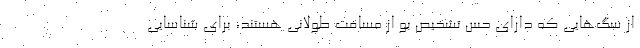
از سگ‌هایی که دارای حس تشخیص بو از مسافت طولانی هستند، برای شناسایی